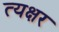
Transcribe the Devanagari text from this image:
त्यक्षर